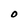
Character: O